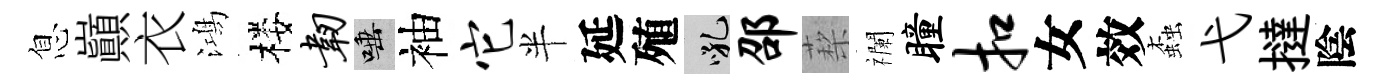
息巔衣鴻楼韧唾袖它半延殖吼邵蔾襴瞳扣女效螙弋撻陰